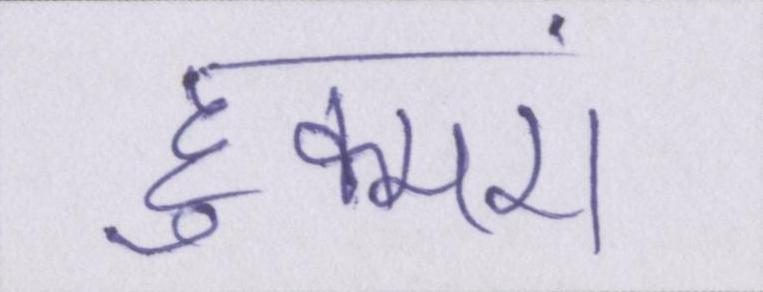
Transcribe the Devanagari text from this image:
हुक्मरां